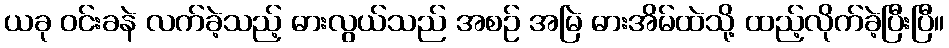
ယခု ဝင်းခနဲ လက်ခဲ့သည့် ဓားလွယ်သည် အစဉ် အမြဲ ဓားအိမ်ထဲသို့ ထည့်လိုက်ခဲ့ပြီးပြီ။